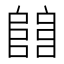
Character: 𨺅